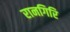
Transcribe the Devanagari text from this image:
रानगिरि